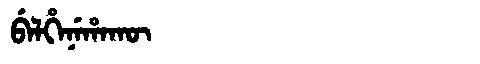
Manchu: ᠪᡝᠯᡥᡝᠨᡝᡥᠠᡴᡡ
Romanization: BELHENEHAKŪ